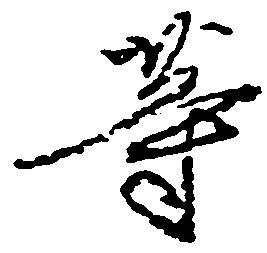
等